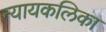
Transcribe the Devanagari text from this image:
न्यायकलिका